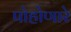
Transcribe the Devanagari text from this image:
पोहोणारे